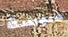
هلوسة